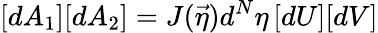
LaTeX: [dA_{1}][dA_{2}]=J(\vec{\eta})d^{N}\eta\, [dU][dV]